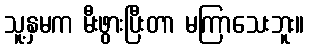
သူ့နှမက မီးဖွားပြီးတာ မကြာသေးဘူး။